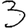
Digit: 3